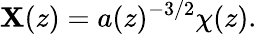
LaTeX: \mathbf{X}(z)=a(z)^{-3/2}\chi(z).